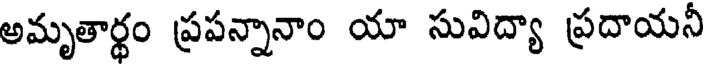
అమృతార్థం ప్రపన్నానాం యా సువిద్యా ప్రదాయనీ